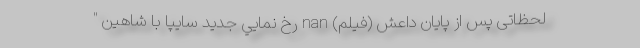
لحظاتی پس از پایان داعش (فیلم) nan رخ نمايي جدید سايپا با شاهين "